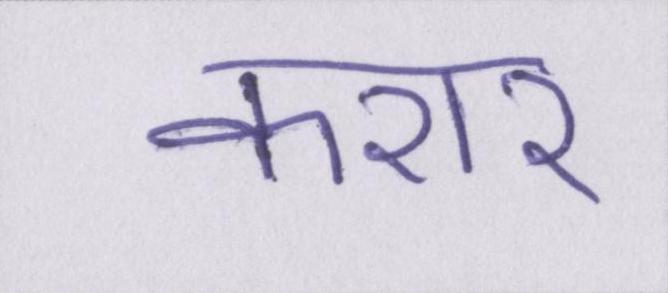
करार